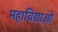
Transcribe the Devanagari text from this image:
महाविद्याओ